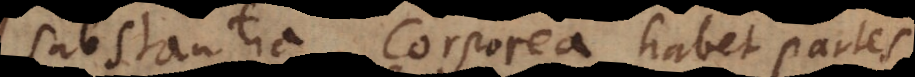
Substantia corporea habet partes